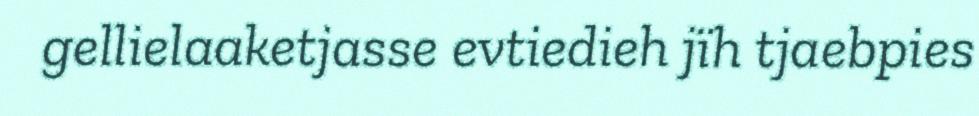
gellielaaketjasse evtiedieh jïh tjaebpies